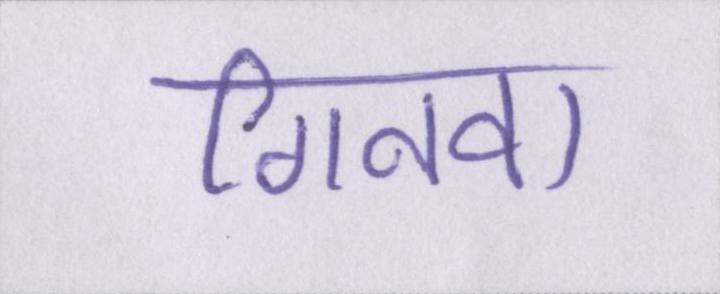
गिनवा